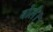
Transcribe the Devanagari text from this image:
बोलै।